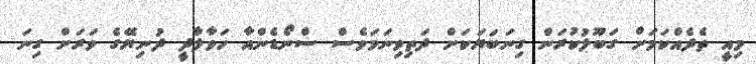
މިއީ ތެދެއްކަމަށް ގަބޫލުކުރަން ގިނަބަޔަކަށް ދަތިވިނަމަވެސް ސްނޯޑެންއާ ހަވާލާދީ ދުނިޔޭގެ ވަރަށް ގިނަ